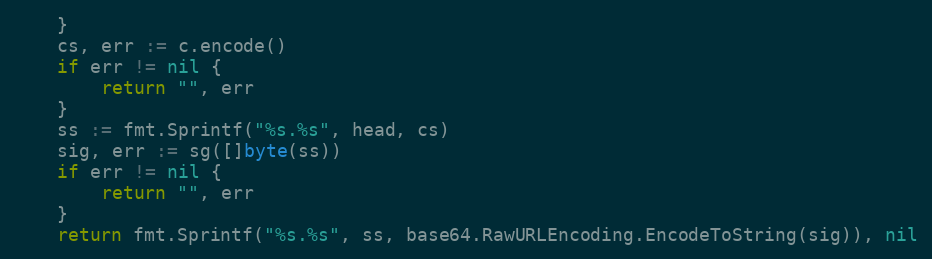
Language: Go
	}
	cs, err := c.encode()
	if err != nil {
		return "", err
	}
	ss := fmt.Sprintf("%s.%s", head, cs)
	sig, err := sg([]byte(ss))
	if err != nil {
		return "", err
	}
	return fmt.Sprintf("%s.%s", ss, base64.RawURLEncoding.EncodeToString(sig)), nil